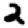
Digit: 2